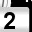
Digit: 2